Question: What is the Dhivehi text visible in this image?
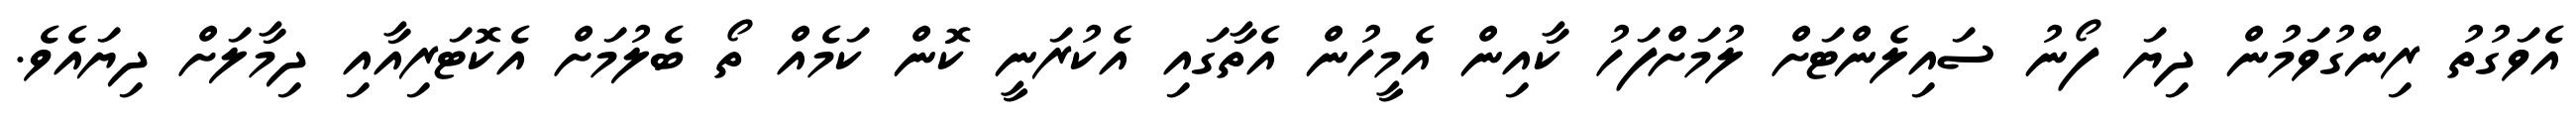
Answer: އެވަގުތު ރިންގުވަމުން ދިޔަ ފޯނު ސައިލެންޓަށް ލުމަށްފަހު ކާއިން އެމީހުން އެތާގައި އެކުރަނީ ކޮން ކަމެއް ތޯ ބެލުމަށް އެކޮޓަރިއާއި ދިމާލަށް ދިޔައެވެ.